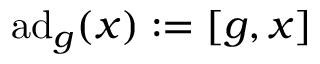
\operatorname { a d } _ { g } ( x ) : = [ g , x ]